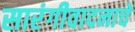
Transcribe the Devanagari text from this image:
सारंगीवादनाचे